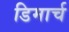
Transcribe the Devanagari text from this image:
डिमार्च